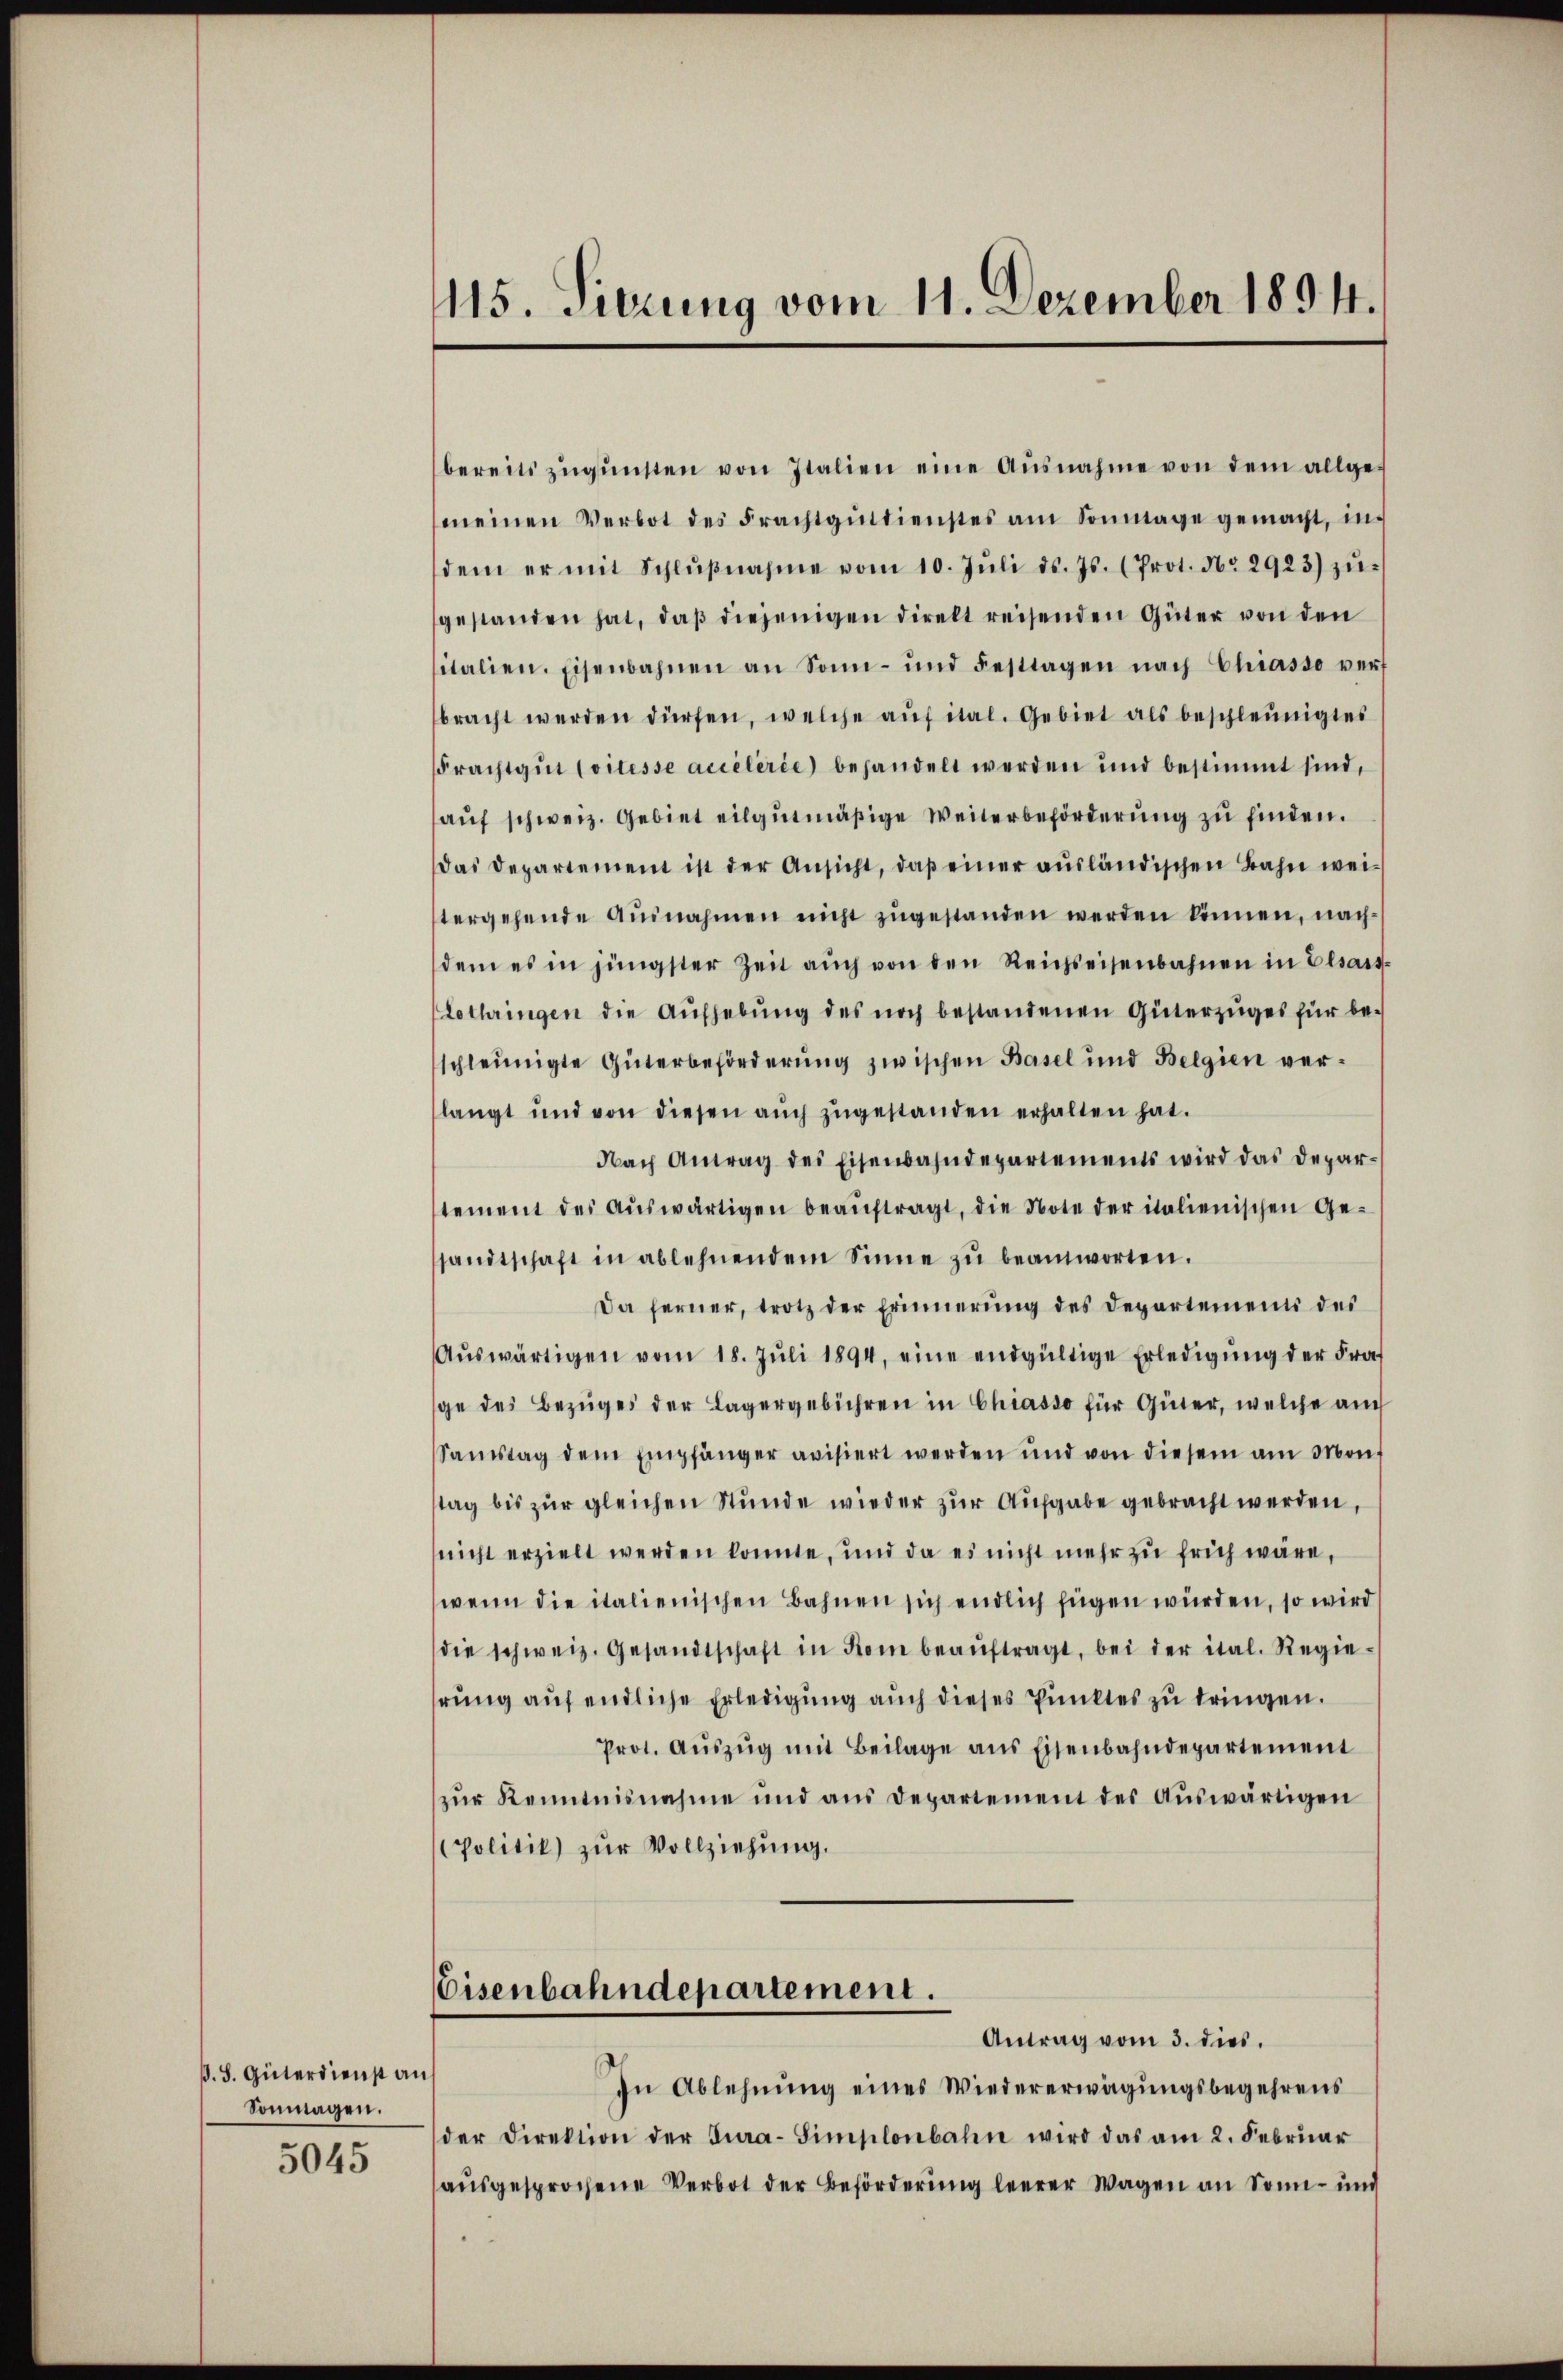
ß. S. Güterdienst an
Sonmagen.
5045

115. Sierung vom 11. Dezember 1894.

bereits zŭgŭnsten von Italien eine Ausnahme von dem allge-
meinen Verbot des Frachtgŭttienstes am Sonntage gemacht, indem er mit Schlŭβnahme vom 10. Jŭli d. Js. (Prot. No 2923) zŭ-
gestanden hat, daβ diejenigen direkt reisenden Güter von den
sitalien. Eisenbahnen an Sonn- und Festtagen nach Chiasso vers
bracht werden dürfen, welche aŭf ital. Gebiet als beschleunigtes
Frachtgŭt Coitesse accélerie) behandelt werden und bestimmt sind,
aŭf schweiz. Gebiet eilgŭtmäßige Weiterbeförderŭng zŭ finden.
das Departement ist der Ansicht, daβ einer aŭsländischen Bahn wei-
tergehende Ausnahmen nicht zŭgestanden werden können, nachdem es in jüngster Zeit aŭch von den Reichseisenbahnen in Elsass-
Lothringen die Aŭfhebŭng des noch bestandenen Güterzŭges für be-
schleunigte Güterbeförderung zwischen Basel und Belgien verlangt und von diesen aŭch zŭgestanden erhalten hat.
Nach Antrag des Eisenbahndepartements wird das Deparstement des aŭswärtigen beaŭftragt, die Note der italienischen Ge-
sandtschaft in ablehnendem Sinne zŭ beantworten.
Da ferner, trotz der Erinnerung des Departements des
Aŭswärtigen vom 18. Jŭli 1894, eine endgültige Erledigŭng der Fra
ge des Bezŭges der Lagergebühren in Chiasso für Güter, welche auch
Samstag dem Empfänger avisiert werden und von diesem am Monstag bis zŭr gleichen Stunde wieder zur Aufgabe gebracht werden,
nicht erzielt werden könnte, und da es nicht mehr zu früh wäre,
wenn die italienischen Bahnen sich endlich fügen würden, so wird
die schweiz. Gesandtschaft in Rom beaŭftragt, bei der ital. Regie-
rung auf endliche Erledigung auch dieses Punktes zu tringen.
Prot. Aŭszŭg mit Beilage ans Eisenbahndepartement
zŭr Kenntnisnahme und aus Departement des Aŭswärtigen
Politik) zŭr Vollziehung.
Eisenbahndepartement.
Antrag vom 3. dies
In Ablehnung eines Wiedererwägungsbegehrens
der Direktion der Tura-Simplonbahn wird das am 2. Februar
aŭsgesprochene Verbot der Beförderung leerer Wagen an Sonn- und